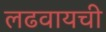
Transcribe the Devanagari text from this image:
लढवायची